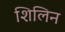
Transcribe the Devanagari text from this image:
शिलिन